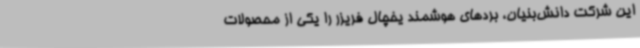
این شرکت دانش‌بنیان، بردهای هوشمند یخچال فریزر را یکی از محصولات